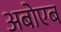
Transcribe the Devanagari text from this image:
अबोएब